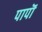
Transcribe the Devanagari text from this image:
पापॊं